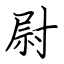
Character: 尉